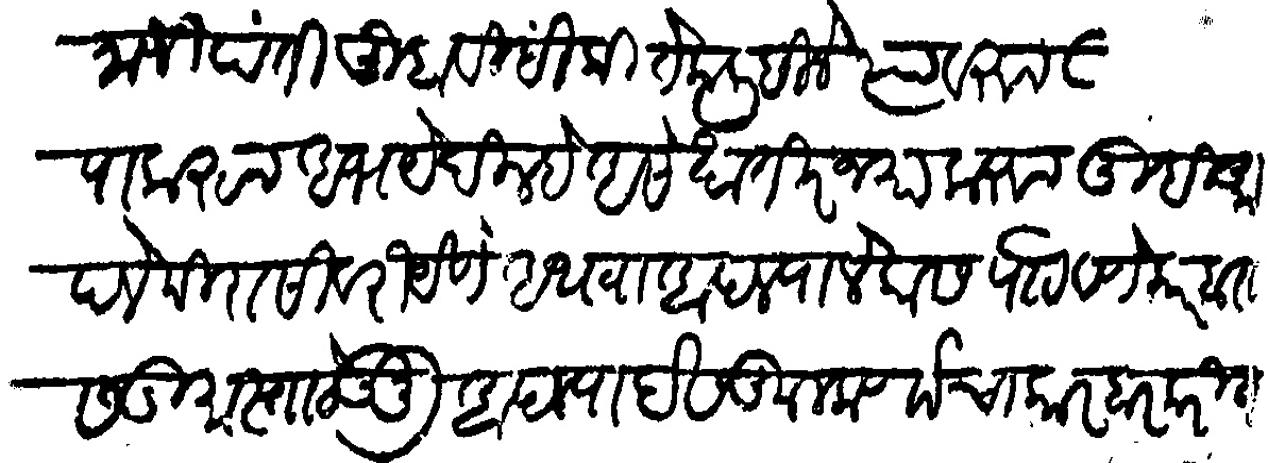
Transliteration (Devanagari): रामाजीपंती तुम्हावीसी कितेक लिहीले त्यावरून तुम्हावरी कृपा करून अभय दिले असे खातीरजमा करून तुम्ही आपले मिरासीवरी येणे अथवा आपल्या लेकास पाठवणे कारबारास गुमास्ता ठेऊन आपल्या देसकुलकर्णाचा कारबार करीत